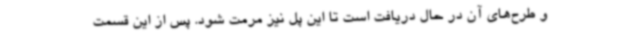
و طرح‌های آن در حال دریافت است تا این پل نیز مرمت شود. پس از این قسمت